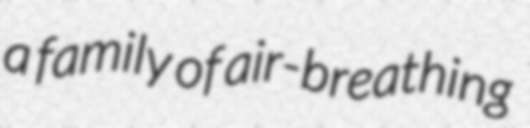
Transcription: a family of air-breathing